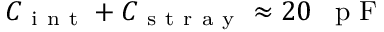
C _ { \mathrm { ~ i ~ n ~ t ~ } } + C _ { \mathrm { ~ s ~ t ~ r ~ a ~ y ~ } } \approx 2 0 \mathrm { ~ \, ~ p ~ F ~ }